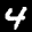
Label: 4